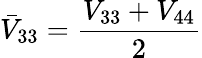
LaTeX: \bar{V}_{33}=\frac{V_{33}+V_{44}}{2}